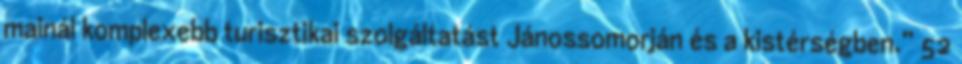
mainál komplexebb turisztikai szolgáltatást Jánossomorján és a kistérségben.” 52